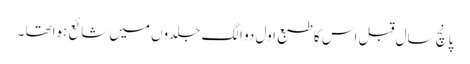
پانچ سال قبل اس کا طبع اول دو الگ جلدوں میں شائع ہواتھا ۔